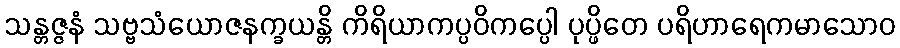
သန္တဇ္ဇနံ သဗ္ဗသံယောဇနက္ခယန္တိ ကိရိယာကပ္ပဝိကပ္ပေါ ပုပ္ဖိတေ ပရိဟာရေကမာသောဝ